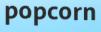
popcorn